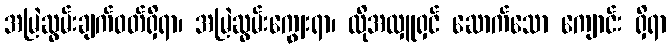
အမြဲဆွမ်းချက်ဝတ်ရှိရာ၊ အမြဲဆွမ်းကျွေးရာ၊ ထိုအလှူရှင် ဆောက်သော ကျောင်း ရှိရာ